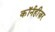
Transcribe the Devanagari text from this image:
कॉर्नहीज़र